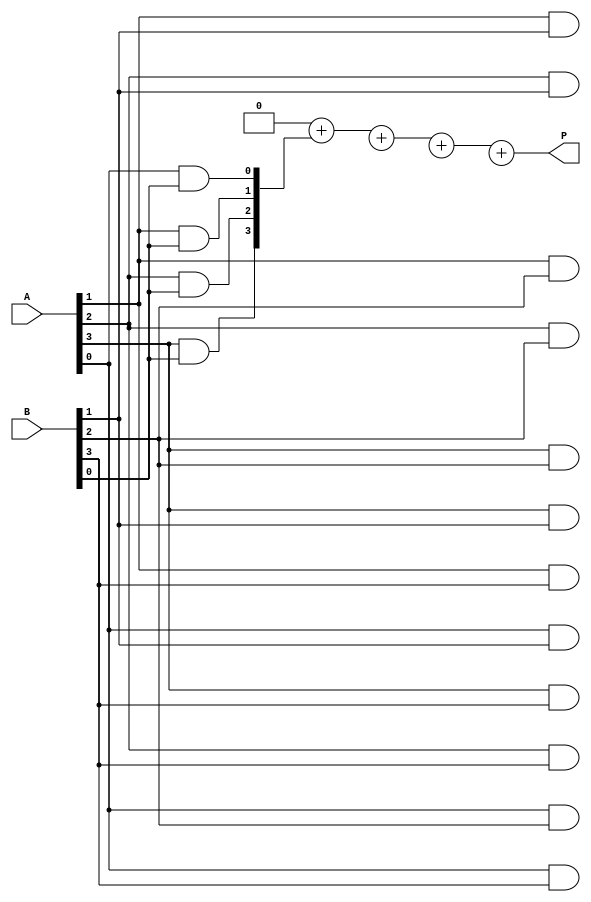
module array_multiplier #(parameter A_WIDTH = 4, B_WIDTH = 4) (
    input [A_WIDTH-1:0] A,
    input [B_WIDTH-1:0] B,
    output reg [A_WIDTH + B_WIDTH - 1:0] P
);

    // Intermediate wire to hold partial products
    reg [A_WIDTH + B_WIDTH - 1:0] partial_products[B_WIDTH-1:0];

    integer i, j;

    // Compute partial products
    always @(*) begin
        // Initialize the product to zero
        P = 0;

        // Generate partial products
        for (i = 0; i < B_WIDTH; i = i + 1) begin
            for (j = 0; j < A_WIDTH; j = j + 1) begin
                // AND gate for partial product
                partial_products[i][j + i] = A[j] & B[i];
            end
        end

        // Sum the partial products
        for (i = 0; i < B_WIDTH; i = i + 1) begin
            P = P + partial_products[i];
        end
    end

endmodule